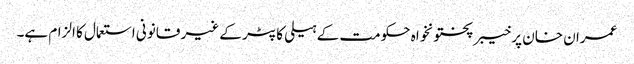
عمران خان پر خیبر پختونخواہ حکومت کے ہیلی کاپٹر کے غیر قانونی استعمال کا الزام ہے۔